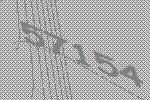
57154